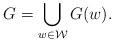
LaTeX: \begin{align*} G=\bigcup_{w\in\mathcal{W}}G(w).\end{align*}